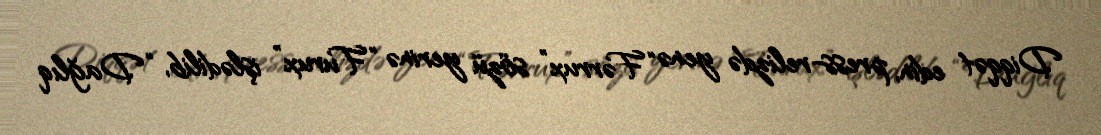
Diqqət edin, press-relizdə yenə “Fərrux” sözü yerinə “Furux” işlədilib, “Dağlıq